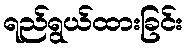
ရည်ရွယ်ထားခြင်း